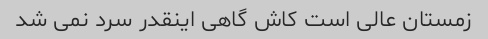
زمستان عالی است کاش گاهی اینقدر سرد نمی شد